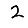
Digit: 2